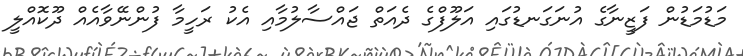
މަޑުމަޑުން ފަޒީނާގެ އުނަގަނޑުގައި އަލޫފްގެ ދެއަތް ޖައްސާލުމާއި އެކު ރަހީމާ ފުންނޭވާއެއް ދޫކޮއްލީ